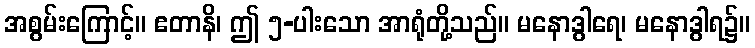
အစွမ်းကြောင့်။ ဧတာနိ၊ ဤ ၅-ပါးသော အာရုံတို့သည်။ မနောဒွါရေ၊ မနောဒွါရ၌။